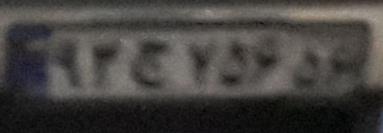
۹۳ج۷۵۶۵۶